Report of the Indian Hemp Drugs Commission, 1894-1895 - Volume I
Year: 1894
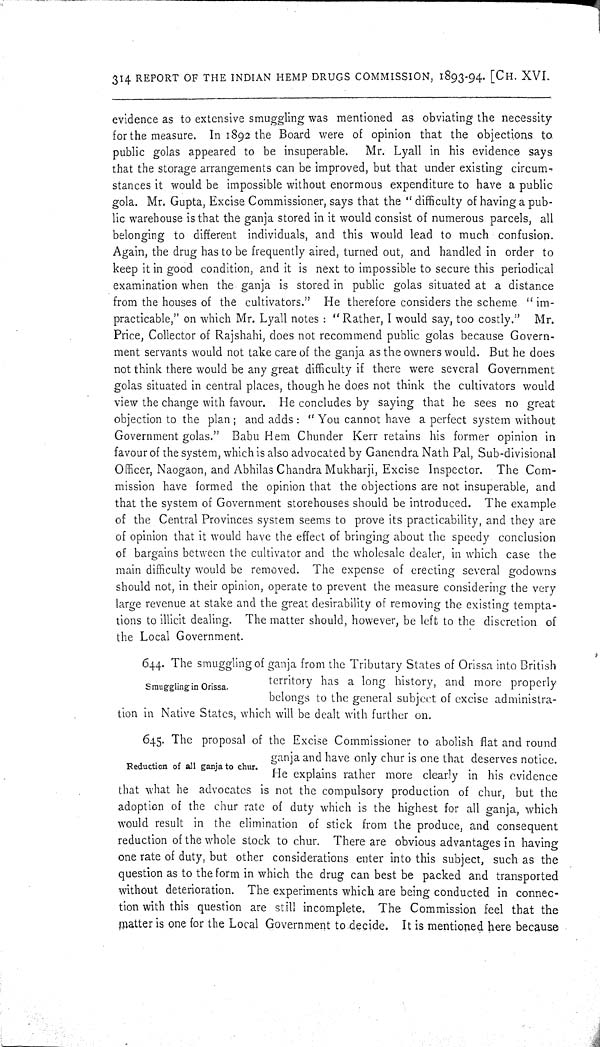
314 REPORT OF THE INDIAN HEMP DRUGS COMMISSION, 1893-94. [CH. XVI.
evidence as to extensive smuggling was mentioned as obviating the necessity
for the measure. In 1892 the Board were of opinion that the objections to
public golas appeared to be insuperable.
Mr. Lyall in his evidence says
that the storage arrangements can be improved, but that under existing circum-
stances it would be impossible without enormous expenditure to have a public
gola. Mr. Gupta, Excise Commissioner, says that the "difficulty of having a pub-
lic warehouse is that the ganja stored in it would consist of numerous parcels, all
belonging to different individuals, and this would lead to much confusion.
Again, the drug has to be frequently aired, turned out, and handled in order to
keep it in good condition, and it is next to impossible to secure this periodical
examination when the ganja is stored in public golas situated at a distance
from the houses of the cultivators." He therefore considers the scheme "im-
practicable," on which Mr. Lyall notes: "Rather, I would say, too costly."
Mr.
Price, Collector of Rajshahi, does not recommend public golas because Govern-
ment servants would not take care of the ganja as the owners would. But he does
not think there would be any great difficulty if there were several Government
golas situated in central places, though he does not think the cultivators would
view the change with favour. He concludes by saying that he sees no great
objection to the plan; and adds: "You cannot have a perfect system without
Government golas." Babu Hem Chunder Kerr retains his former opinion in
favour of the system, which is also advocated by Ganendra Nath Pal, Sub-divisional
Officer, Naogaon, and Abhilas Chandra Mukharji, Excise Inspector. The Com-
mission have formed the opinion that the objections are not insuperable, and
that the system of Government storehouses should be introduced. The example
of the Central Provinces system seems to prove its practicability, and they are
of opinion that it would have the effect of bringing about the speedy conclusion
of bargains between the cultivator and the wholesale dealer, in which case the
main difficulty would be removed. The expense of erecting several godowns
should not, in their opinion, operate to prevent the measure considering the very
large revenue at stake and the great desirability of removing the existing tempta-
tions to illicit dealing. The matter should, however, be left to the discretion of
the Local Government.
Smuggling in Orissa.
644. The smuggling of ganja from the Tributary States of Orissa into British
territory has a long history, and more properly
belongs to the general subject of excise administra-
tion in Native States, which will be dealt with further on.
Reduction of all ganja to chur.
645. The proposal of the Excise Commissioner to abolish flat and round
ganja and have only chur is one that deserves notice.
He explains rather more clearly in his evidence
that what he advocates is not the compulsory production of chur, but the
adoption of the chur rate of duty which is the highest for all ganja, which
would result in the elimination of stick from the produce, and consequent
reduction of the whole stock to chur. There are obvious advantages in having
one rate of duty, but other considerations enter into this subject, such as the
question as to the form in which the drug can best be packed and transported
without deterioration. The experiments which are being conducted in connec-
tion with this question are still incomplete. The Commission feel that the
matter is one for the Local Government to decide. It is mentioned here because